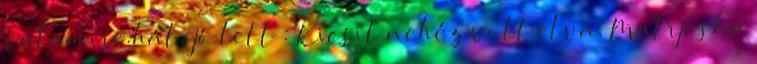
valamire.hát, jó lett : Kicsit nehéz volt elvá. Matrjoska